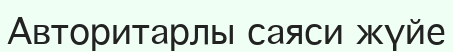
Авторитарлы саяси жүйе